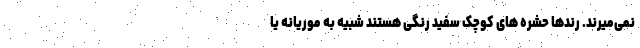
نمی‌میرند. رندها حشره های کوچک سفید رنگی هستند شبیه به موریانه یا